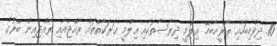
10. ދިވެހިބަހާއި ތާރީޚާބެހޭ ޢިލްމީ ދިރާސާތަކާއި ޢިލްމީ ޙަރަކާތްތައް ރާއްޖެއާއި ރާއްޖެއިން ބޭރުގެ